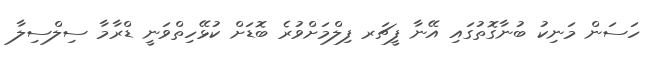
ހަސަން މަނިކު ބުނާގޮތުގައި އޭނާ ފީޗަރ ފިލްމަށްވުރެ ބޮޑަށް ކުޅޭހިތްވަނީ ޑްރާމާ ސިލްސިލާ